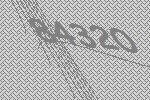
84320